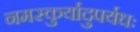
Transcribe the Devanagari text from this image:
नमस्कुर्यादुपर्यधः